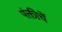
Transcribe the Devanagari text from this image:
पंक्तीचें